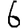
Digit: 6